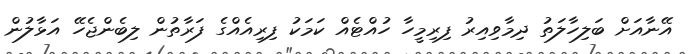
އޭނާއަށް ބަލިހާލަތު ދިމާވިއިރު ފިރިމީހާ ހުއްޓެއް ކަމަކު ފިރިއެއްގެ ފަރާތުން ލިބެންޖެހޭ އަޅާލުން